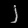
Digit: ၂